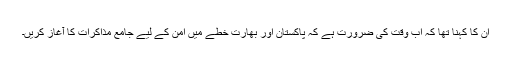
ان کا کہنا تھا کہ اب وقت کی ضرورت ہے کہ پاکستان اور بھارت خطے میں امن کے لیے جامع مذاکرات کا آغاز کریں۔